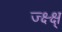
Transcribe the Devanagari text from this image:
ज्क्ष्क्ष्